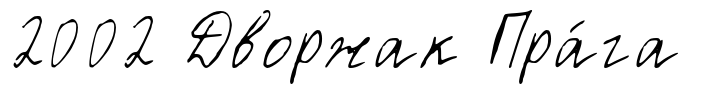
2002 Дворжак Пра́га